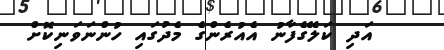
އަދި ކަލޭގެފާނު އެއުރެންގެ މެދުގައި ހުންނަވަނިކޮށް